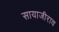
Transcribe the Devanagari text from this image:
सायाजीराव